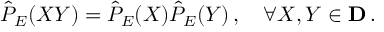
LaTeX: \hat { \cal P } _ { E } ( X Y ) = \hat { \cal P } _ { E } ( X ) \hat { \cal P } _ { E } ( Y ) \, , \quad \forall X , Y \in { \bf D } \, .